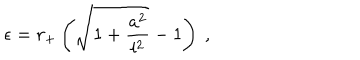
\epsilon = r _ { + } \left( \sqrt { 1 + \frac { a ^ { 2 } } { l ^ { 2 } } } - 1 \right) ~ ,